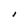
Character: I